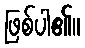
ဖြစ်ပါ၏။